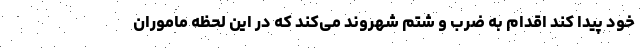
خود پیدا کند اقدام به ضرب و شتم شهروند می‌کند که در این لحظه ماموران